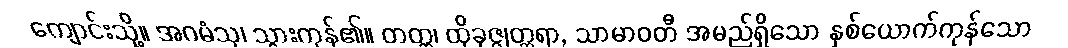
ကျောင်းသို့။ အဂမံသု၊ သွားကုန်၏။ တတ္ထ၊ ထိုခုဇ္ဇုတ္တရာ, သာမာဝတီ အမည်ရှိသော နှစ်ယောက်ကုန်သော